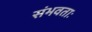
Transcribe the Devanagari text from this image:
संभवताः